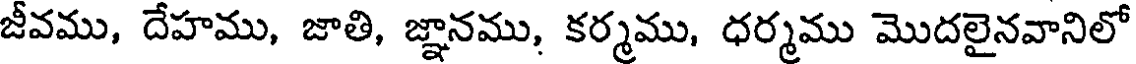
జీవము, దేహము, జాతి, జ్ఞానము, కర్మము, ధర్మము మొదలైనవానిలో